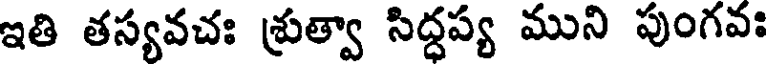
ఇతి తస్యవచః శ్రుత్వా సిద్ధప్య ముని పుంగవః